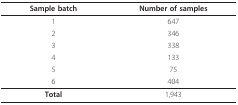
<table><thead><tr><td><b>Sample batch</b></td><td><b>Number of samples</b></td></tr></thead><tbody><tr><td>1</td><td>647</td></tr><tr><td>2</td><td>346</td></tr><tr><td>3</td><td>338</td></tr><tr><td>4</td><td>133</td></tr><tr><td>5</td><td>75</td></tr><tr><td>6</td><td>404</td></tr><tr><td><b>Total</b></td><td>1,943</td></tr></tbody></table>